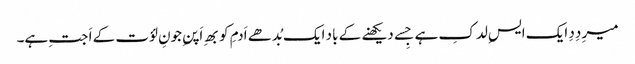
میرِ دِدِ ایک ایسِ لدکِ ہے جِسے دیکھنے کے باد ایک بُدھے اَدمِ کو بھِ اَپنِ جونِ لؤت کے اَ جتِ ہے۔